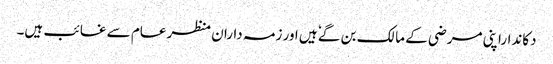
دکانداراپنی مرضی کے مالک بن گےٗ ہیں ا ور زمہ داران منظرعام سے غائب ہیں۔